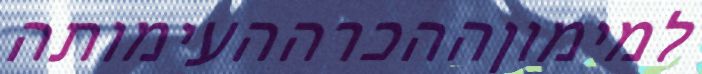
למימוןההכרההעימותה